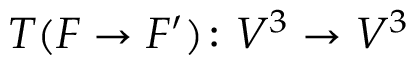
T ( F \to F ^ { \prime } ) \colon V ^ { 3 } \to V ^ { 3 }